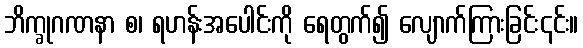
ဘိက္ခုဂဏနာ စ၊ ရဟန်းအပေါင်းကို ရေတွက်၍ လျောက်ကြားခြင်း၎င်း။